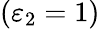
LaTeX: (\varepsilon_{2}=1)